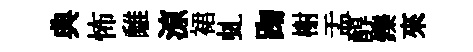
典怖𩀌鿌裙虬踘榭盂醇鑠來